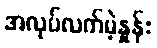
အလုပ်လက်မဲ့နှုန်း